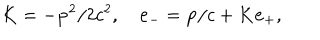
K = - { \bf p } ^ { 2 } / 2 c ^ { 2 } , \quad { \bf e } _ { - } = { \bf p } / c + K { \bf e } _ { + } ,